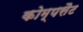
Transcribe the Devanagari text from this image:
कोम्पसैट